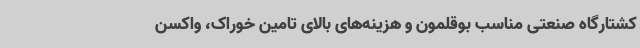
کشتارگاه صنعتی مناسب بوقلمون و هزینه‌های بالای تامین خوراک، واکسن